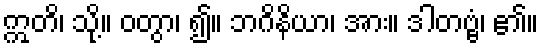
ဣတိ၊ သို့။ ဝတွာ၊ ၍။ ဘဂိနိယာ၊ အား။ ဒါတဗ္ဗံ၊ ၏။